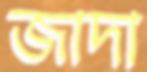
জাদা